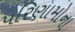
પરિણામોના